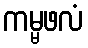
ကမ္မဖလံ